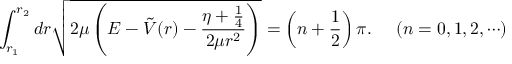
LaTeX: \int _ { r _ { 1 } } ^ { r _ { 2 } } d r \sqrt { 2 \mu \left( E - \tilde { V } ( r ) - \frac { \eta + \frac { 1 } { 4 } } { 2 \mu r ^ { 2 } } \right) } = \left( n + \frac { 1 } { 2 } \right) \pi . \; \; \; \; \; ( n = 0 , 1 , 2 , \cdots )